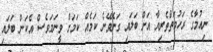
ނިއުމާގެ ރަހުމަތްތެރިޔާ އަށް ބަލައި ގަނެވޭނެ ކަމެއް ކަމަށް ވީނަމަވެސް އެކަން ބަލައި